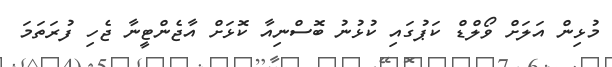
މުޅިން އަލަށް ވޯލްޑް ކަޕުގައި ކުޅުނު ބޮސްނިއާ ކޮޅަށް އާޖެންޓީނާ ޖެހި ފުރަތަމަ